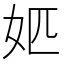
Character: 𡛘